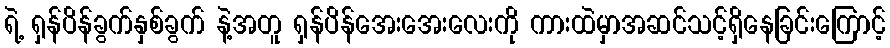
ရဲ့ ရှန်ပိန်ခွက်နှစ်ခွက် နဲ့အတူ ရှန်ပိန်အေးအေးလေးကို ကားထဲမှာအဆင်သင့်ရှိနေခြင်းကြောင့်